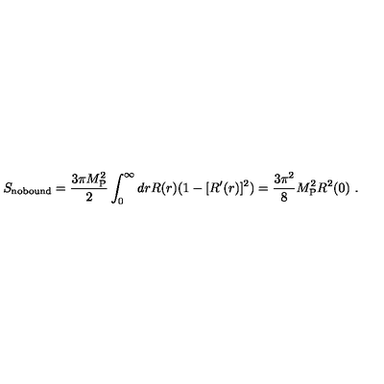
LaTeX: S _ { \mathrm { n o b o u n d } } = { \frac { 3 \pi M _ { \mathrm { P } } ^ { 2 } } { 2 } } \int _ { 0 } ^ { \infty } d r R ( r ) ( 1 - [ R ^ { \prime } ( r ) ] ^ { 2 } ) = { \frac { 3 \pi ^ { 2 } } { 8 } } M _ { \mathrm { P } } ^ { 2 } R ^ { 2 } ( 0 ) \ .